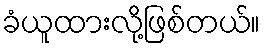
ခံယူထားလို့ဖြစ်တယ်။